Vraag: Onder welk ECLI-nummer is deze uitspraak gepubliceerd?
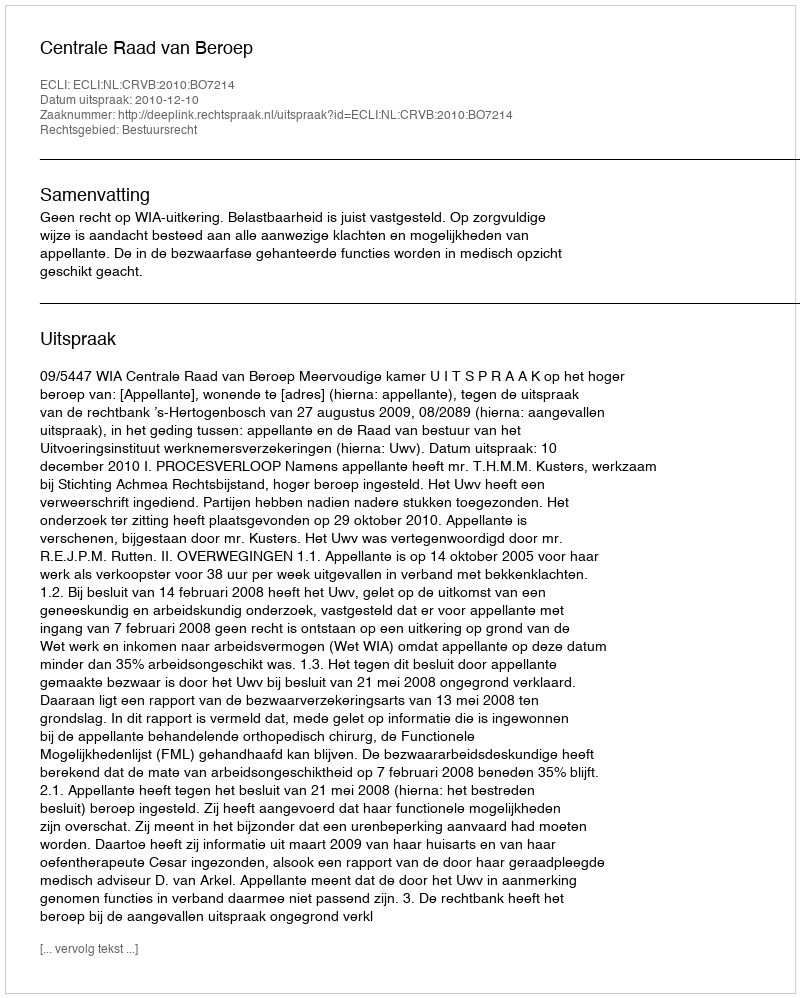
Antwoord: ECLI:NL:CRVB:2010:BO7214